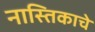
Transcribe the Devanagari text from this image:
नास्तिकाचे